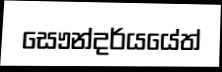
සෞන්දර්යයේත්